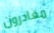
مغادرون